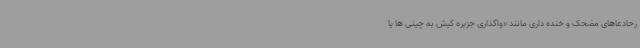
رحادعاهای مضحک و خنده داری مانند «واگذاری جزیره کیش به چینی ها یا